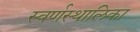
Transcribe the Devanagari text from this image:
स्वर्णस्थालिका